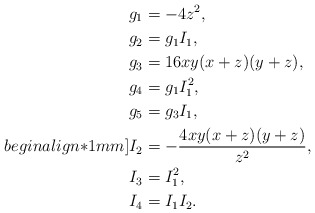
\begin{align*}g_1 &= -4z^2, \\g_2 &= g_1 I_1, \\g_3 &=16 xy (x+z)(y+z), \\g_4 &= g_1 I_1^2, \\g_5 &= g_3 I_1,\\begin{align*}1mm]I_2 &= - \frac{4xy(x+z)(y+z)}{z^2}, \\I_3 &= I_1^2, \\I_4 &= I_1 I_2.\end{align*}